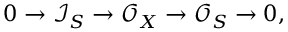
0 \to \mathcal { I } _ { S } \to \mathcal { O } _ { X } \to \mathcal { O } _ { S } \to 0 ,